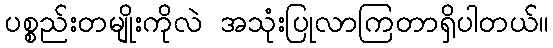
ပစ္စည်းတမျိုးကိုလဲ အသုံးပြုလာကြတာရှိပါတယ်။